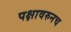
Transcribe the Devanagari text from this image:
पक्षावरुनच